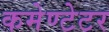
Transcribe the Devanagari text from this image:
कमेण्टेटर